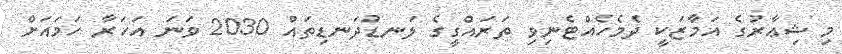
މި ޝިޢާރުގެ އަމާޒަކީ ދެމެހެއްޓެނިވި ތަރައްގީގެ ލަނޑުދަނޑިތައް 2030 ވަނަ އަހަރާ ހަމައަށް